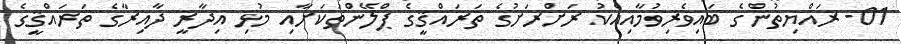
01- ރައްޔިތުންގެ ބައިވެރިވުމާއިއެކު ރަށްރަށުގެ ތަރައްޤީގެ ޕްލޭންތަކަށާއި މުޅި އިދާރީ ދާއިރާގެ ތަރައްޤީގެ